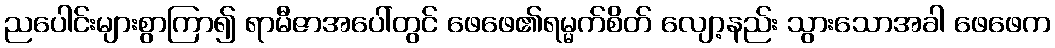
ညပေါင်းများစွာကြာ၍ ရာမီဇာအပေါ်တွင် ဖေဖေ၏ရမ္မက်စိတ် လျော့နည်း သွားသောအခါ ဖေဖေက